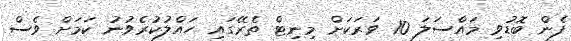
ފެން ބޮޑުވި މައްސަލަ 10 ވަރަކަށް މިނިޓް ތެރޭގައި ހައްލުކުރެވުނު ކަމަށް ވެސް